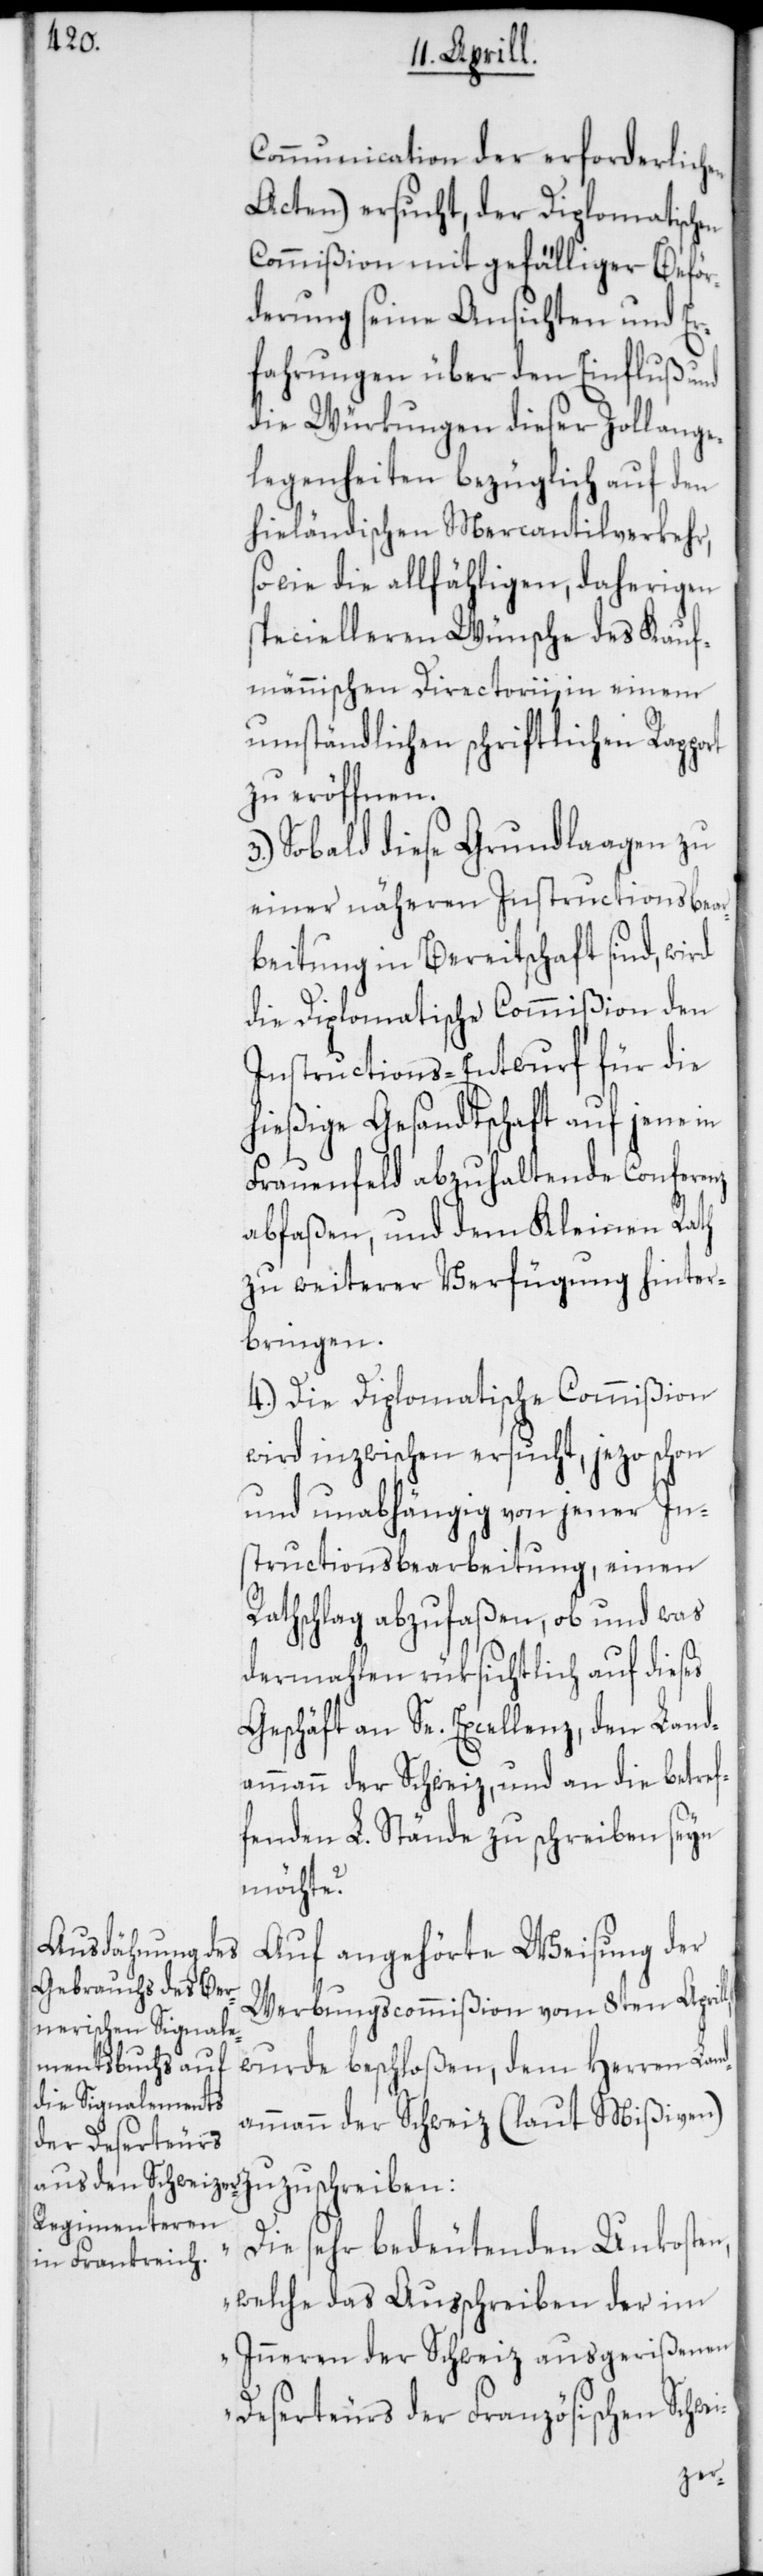
Communication der erforderlich¬
Acten) ersucht, der Diplomatischen
Commißion mit gefälliger Beför¬
derung seine Ansichten und Er¬
fahrungen über den Einfluß und
die Würkungen dieser Zollange¬
legenheiten bezüglich auf den
hieländischen Mercantilverkehr,
sowie die allfähligen, daherigen
specielleren Wünsche des Kauf¬
männischen Directorii, in einem
umständlichen schriftlichen Rappo¬
zu eröffnen.
Sobald diese Grundlagen zu
einer näheren Instructions-Bear¬
beitung in Bereitschaft sind, wird
die Diplomatische Commißion den
Instructions-Entwurf für die
hießige Gesandtschaft auf jene in
Frauenfeld abzuhaltende Conferenz
abfaßen, und dem Kleinen Rath
zu weiterer Verfügung hinter¬
bringen.
4.) Die Diplomatische Commißion
wird inzwischen ersucht, jezo schon
und unabhängig von jener In¬
structionsbearbeitung, einen
Rathschlag abzufaßen, ob und was
dermahlen rüksichtlich auf dieses
Geschäft an Se. Excellenz, den Land¬
ammann der Schweiz, und an die betref¬
fenden L. Stände zu schreiben seyn
möchte?
Auf angehörte Weisung der
Werbungscommißion vom 8ten April¬
wurde beschloßen, dem Herren Land¬
ammann der Schweiz (laut Mißiven)
„Die sehr bedeutenden Unkosten,
welche das Ausschreiben der im
Inneren der Schweiz ausgerißenen
Deserteurs der Französischen Schw¬
ei-